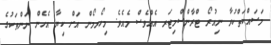
މަސައްކަތްކުރާ ނިއުރޯ ޓްރާންސްމިޓަރ އެއްވެސް މެއެވެ. މިހޯރމޯން އަށް ކިޔާ އެހެން ނަންތަކުގެ